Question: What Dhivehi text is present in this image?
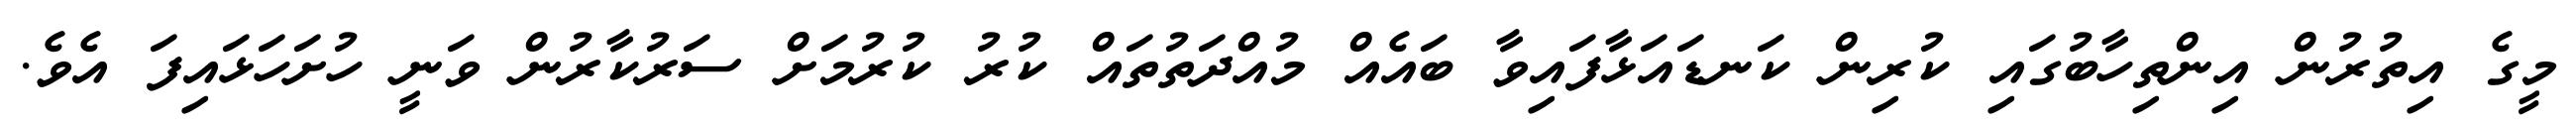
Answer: މީގެ އިތުރުން އިންތިހާބުގައި ކުރިން ކަނޑައަޅާފައިވާ ބައެއް މުއްދަތުތައް ކުރު ކުރުމަށް ސަރުކާރުން ވަނީ ހުށަހަޅައިފަ އެވެ.